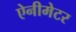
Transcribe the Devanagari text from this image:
ऐनीमेटर